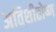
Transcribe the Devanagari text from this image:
अतिशीतोष्ण